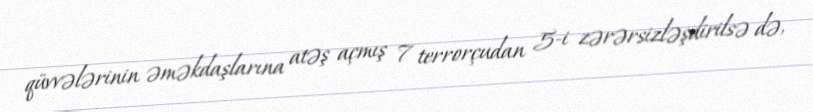
qüvvələrinin əməkdaşlarına atəş açmış 7 terrorçudan 5-i zərərsizləşdirilsə də,